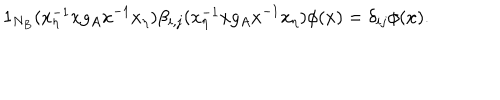
1 _ { N _ { B } } ( x _ { \eta } ^ { - 1 } x g _ { A } x ^ { - 1 } x _ { \eta } ) \beta _ { i , j } ( x _ { \eta } ^ { - 1 } x g _ { A } x ^ { - 1 } x _ { \eta } ) \phi ( x ) = \delta _ { i j } \phi ( x ) .